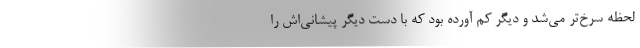
لحظه سرخ‌تر می‌شد و دیگر کم آورده بود که با دست دیگر پیشانی‌اش را